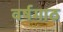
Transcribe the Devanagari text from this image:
वर्षगाठ